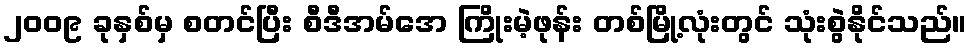
၂၀၀၉ ခုနှစ်မှ စတင်ပြီး စီဒီအမ်အေ ကြိုးမဲ့ဖုန်း တစ်မြို့လုံးတွင် သုံးစွဲနိုင်သည်။